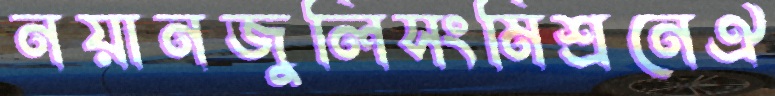
নয়ানজুলিসংমিশ্রনেঐ